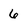
Character: 6